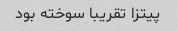
پیتزا تقریبا سوخته بود